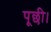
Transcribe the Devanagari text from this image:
पूछी।